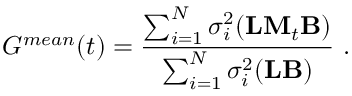
G ^ { m e a n } ( t ) = \frac { \sum _ { i = 1 } ^ { N } \sigma _ { i } ^ { 2 } ( { \bf L } { \bf M } _ { t } { \bf B } ) } { \sum _ { i = 1 } ^ { N } \sigma _ { i } ^ { 2 } ( { \bf L } { \bf B } ) } \mathrm { ~ . ~ }